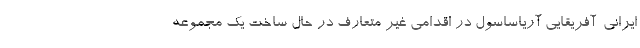
ایرانی-آفریقایی آریاساسول در اقدامی غیر متعارف در حال ساخت یک مجموعه